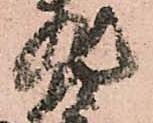
斐